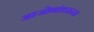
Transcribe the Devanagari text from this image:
आजोबांवरून